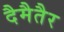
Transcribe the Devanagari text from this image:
दैमैतैर